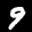
Label: 9